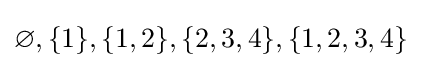
\varnothing ,\{1\},\{1,2\},\{2,3,4\},\{1,2,3,4\}